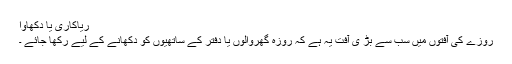
ریاکاری یا دکھاوا
روزے کی آفتوں میں سب سے بڑ ی آفت یہ ہے کہ روزہ گھروالوں یا دفتر کے ساتھیوں کو دکھانے کے لیے رکھا جائے ۔